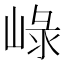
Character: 𡸮